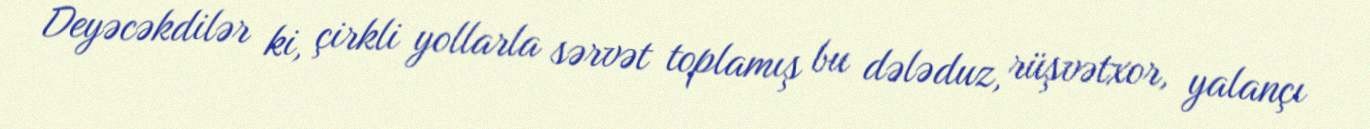
Deyəcəkdilər ki, çirkli yollarla sərvət toplamış bu dələduz, rüşvətxor, yalançı